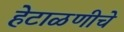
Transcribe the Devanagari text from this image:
हेटाळणीचे